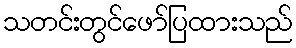
သတင်းတွင်ဖော်ပြထားသည်